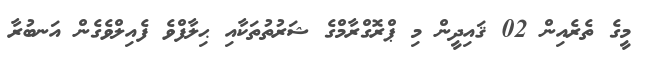
މީގެ ތެރެއިން 02 ޤައިދީން މި ޕްރޮގްރާމްގެ ޝަރުތުތަކާއި ޙިލާފްވެ ފެއިލްވެގެން އަނބުރާ